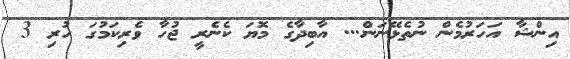
އިންޝާ އަހަރުމެން ނުތެޅޭނަން... އާބިދާގެ މޮޔަ ކެނެރީ ޖުހާ ވެރިކަމުގަ ހުރި 3